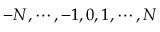
- N , \cdots , - 1 , 0 , 1 , \cdots , N